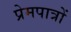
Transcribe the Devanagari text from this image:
प्रेमपात्रों